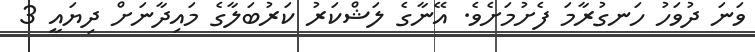
ވަނަ ދުވަހު ހަނގުރާމަ ފެށުމަށެވެ. އޭނާގެ ލަޝްކަރު ކަރުބަލާގެ މައިދާނަށް ދިޔައީ 3